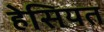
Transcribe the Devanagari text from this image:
हेसियत